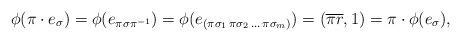
LaTeX: \begin{align*} \phi(\pi\cdot e_{\sigma}) = \phi (e_{\pi \sigma \pi^{-1}}) = \phi (e_{(\pi \sigma_1 \,\pi \sigma_2 \,\ldots \,\pi \sigma_m)}) = (\overline{\pi r},1) = \pi \cdot \phi(e_{\sigma}), \end{align*}